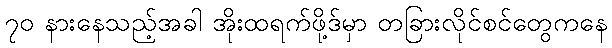
၇၀ နားနေသည့်အခါ အိုးထရက်ဖို့ဒ်မှာ တခြားလိုင်စင်တွေကနေ